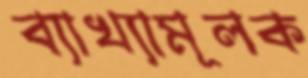
ব্যাখ্যামূলক